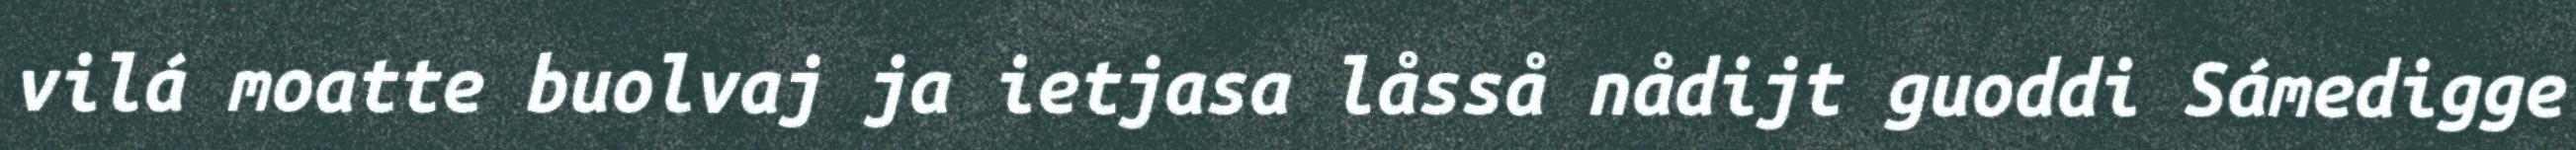
vilá moatte buolvaj ja ietjasa låsså nådijt guoddi Sámedigge